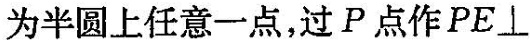
为半圆上任意一点，过P点作PE\perp